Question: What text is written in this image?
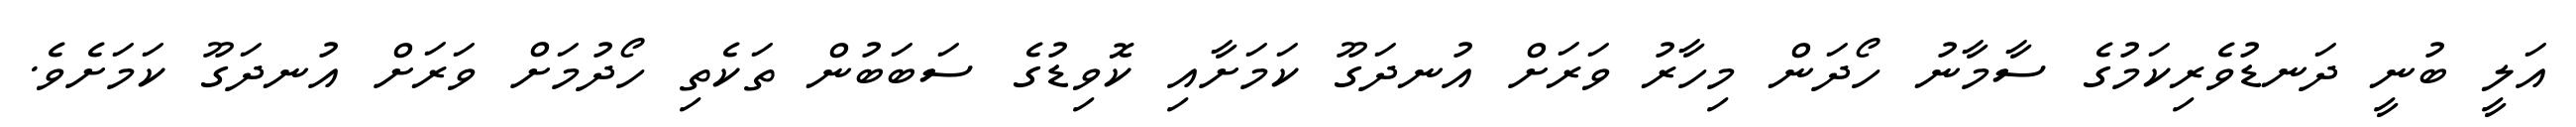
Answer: އަލީ ބުނީ ދަނޑުވެރިކަމުގެ ސާމާނު ހޯދަން މިހާރު ވަރަށް އުނދަގޫ ކަމަށާއި ކޮވިޑުގެ ސަބަބުން ތަކެތި ހޯދުމަށް ވަރަށް އުނދަގޫ ކަމަށެވެ.